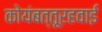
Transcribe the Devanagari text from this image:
कोयंबत्तूरहवाई